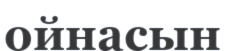
ойнасын